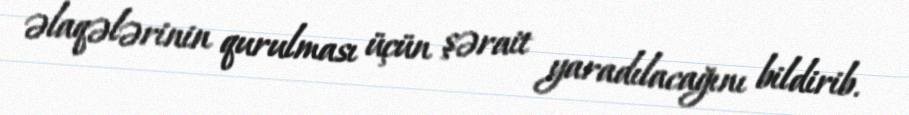
əlaqələrinin qurulması üçün şərait yaradılacağını bildirib.